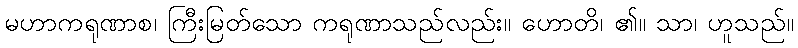
မဟာကရုဏာစ၊ ကြီးမြတ်သော ကရုဏာသည်လည်း။ ဟောတိ၊ ၏။ သာ၊ ဟူသည်။